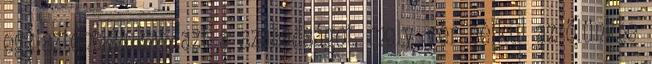
egzisztenciájukat, azt a szabadságot, mely vér nélkül az ölünkbe